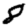
Digit: 8